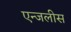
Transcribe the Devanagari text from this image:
एन्जलीस